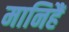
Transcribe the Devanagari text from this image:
मानिहैं